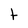
Character: t